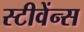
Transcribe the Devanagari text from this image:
स्टीवेंन्स